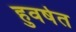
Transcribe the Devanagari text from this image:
हुवर्षत